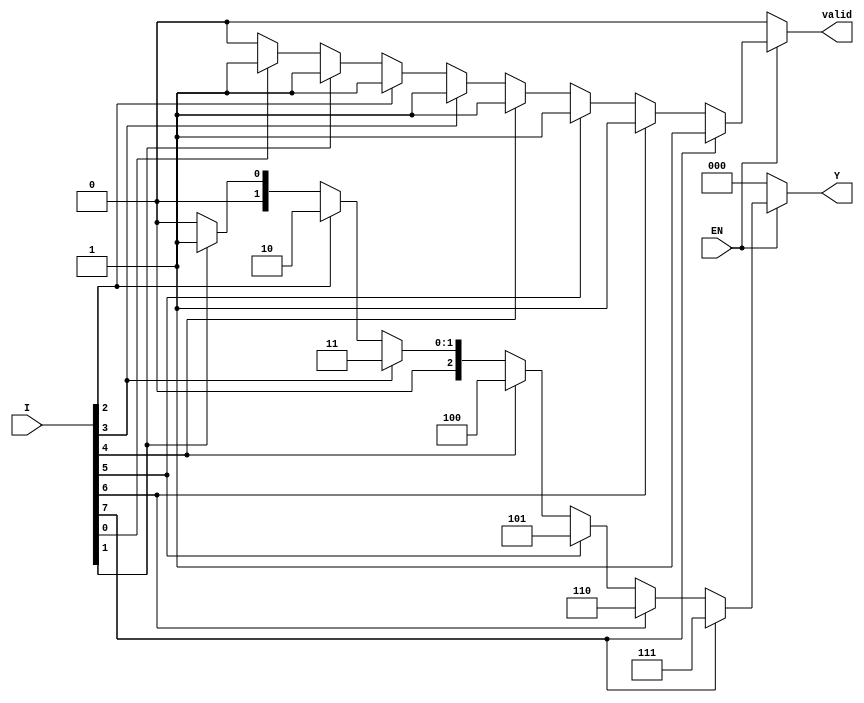
module encoder_8to3 (
    input wire [7:0] I,   // 8 input lines
    input wire EN,        // Enable signal
    output reg [2:0] Y,   // 3 output lines
    output reg valid       // Valid output signal
);

    always @(*) begin
        if (EN) begin
            // Default output
            Y = 3'b000;
            valid = 1'b0; // Default to invalid

            // Check for active inputs from highest priority to lowest
            if (I[7]) begin
                Y = 3'b111;
                valid = 1'b1;
            end else if (I[6]) begin
                Y = 3'b110;
                valid = 1'b1;
            end else if (I[5]) begin
                Y = 3'b101;
                valid = 1'b1;
            end else if (I[4]) begin
                Y = 3'b100;
                valid = 1'b1;
            end else if (I[3]) begin
                Y = 3'b011;
                valid = 1'b1;
            end else if (I[2]) begin
                Y = 3'b010;
                valid = 1'b1;
            end else if (I[1]) begin
                Y = 3'b001;
                valid = 1'b1;
            end else if (I[0]) begin
                Y = 3'b000; // I0 active, output is 000
                valid = 1'b1;
            end
        end else begin
            // If EN is low, set outputs to default state
            Y = 3'b000;
            valid = 1'b0; // Outputs not valid
        end
    end

endmodule